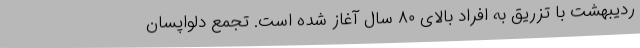
ردیبهشت با تزریق به افراد بالای ۸۰ سال آغاز شده است. تجمع دلواپسان